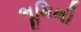
ભૂમિથી